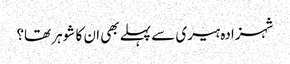
شہزادہ ہیری سے پہلے بھی ان کا شوہر تھا؟